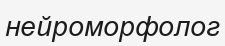
нейроморфолог